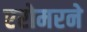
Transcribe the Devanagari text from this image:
एरोमरने